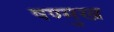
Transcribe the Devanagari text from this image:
षण्मुख